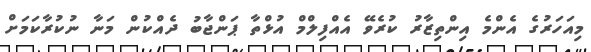
މިއަހަރުގެ އެންމެ އިންތިޒާރު ކުރެވޭ އެއްފިލްމް އުޅްތާ ޕަންޖާބު ދެއްކުން މަނާ ނުކުރާކަމަށް